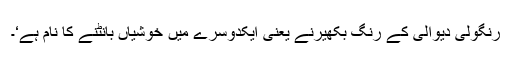
رنگولی دیوالی کے رنگ بکھیرنے یعنی ایکدوسرے میں خوشیاں بانٹنے کا نام ہے‘۔